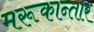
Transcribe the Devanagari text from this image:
मरूकान्तार